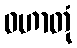
ဝဟာတုံ